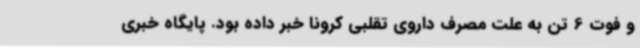
و فوت 6 تن به علت مصرف داروی تقلبی کرونا خبر داده بود. پایگاه خبری